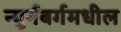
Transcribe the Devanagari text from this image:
न्युर्नबर्गमधील